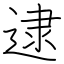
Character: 逮